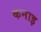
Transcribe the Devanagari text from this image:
कनाइ